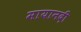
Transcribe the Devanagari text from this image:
मायानदी